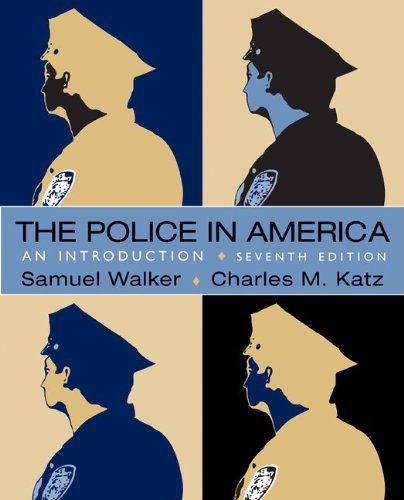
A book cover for The Police in America: An Introduction; Samuel Walker; Law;